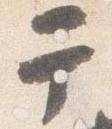
于